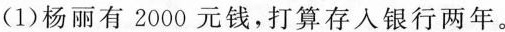
(1)杨丽有2000元钱，打算存入银行两年。